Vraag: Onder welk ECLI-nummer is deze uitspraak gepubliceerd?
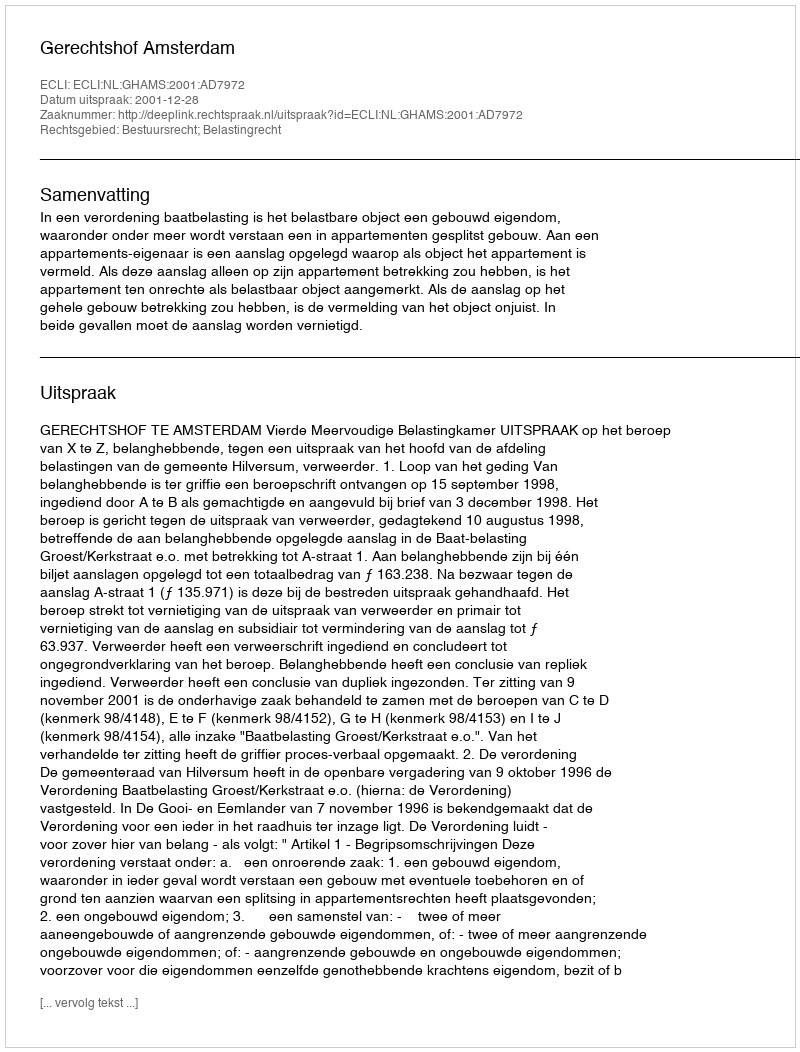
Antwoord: ECLI:NL:GHAMS:2001:AD7972